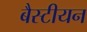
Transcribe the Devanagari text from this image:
बैस्टीयन